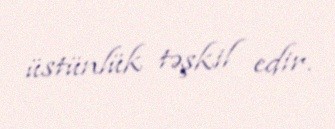
üstünlük təşkil edir.